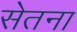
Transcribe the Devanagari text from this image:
सेतना